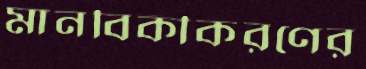
মানবিকীকরণের